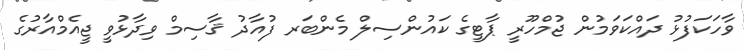
ވާހަކަފުޅު ދައްކަވަމުން ޖުމްހޫރީ ޕާޓީގެ ކައުންސިލް މެންބަރ ފުއާދު ޤާސިމް ވިދާޅުވީ ޖީއެމްއާރުގެ